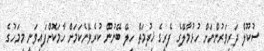
ސުކޫލް ދަރިވަރުންނަށް ހުޅުމާލޭގެ ފެރީގެ ޚިދުމަތް ހިލޭ ބޭނުން ކުރެވޭނެކަމަށް ހާމަކޮށްފައިވަނީ މިމަހުގެ